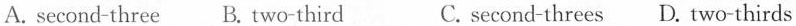
A. second-three B. Two-third C. second-threes D. Two-thirds